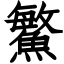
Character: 鰵